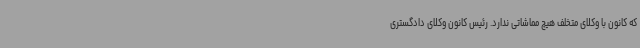
که کانون با وکلای متخلف هیچ مماشاتی ندارد. رئیس کانون وکلای دادگستری